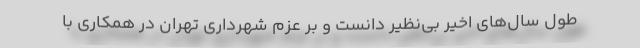
طول سال‌های اخیر بی‌نظیر دانست و بر عزم شهرداری تهران در همکاری با